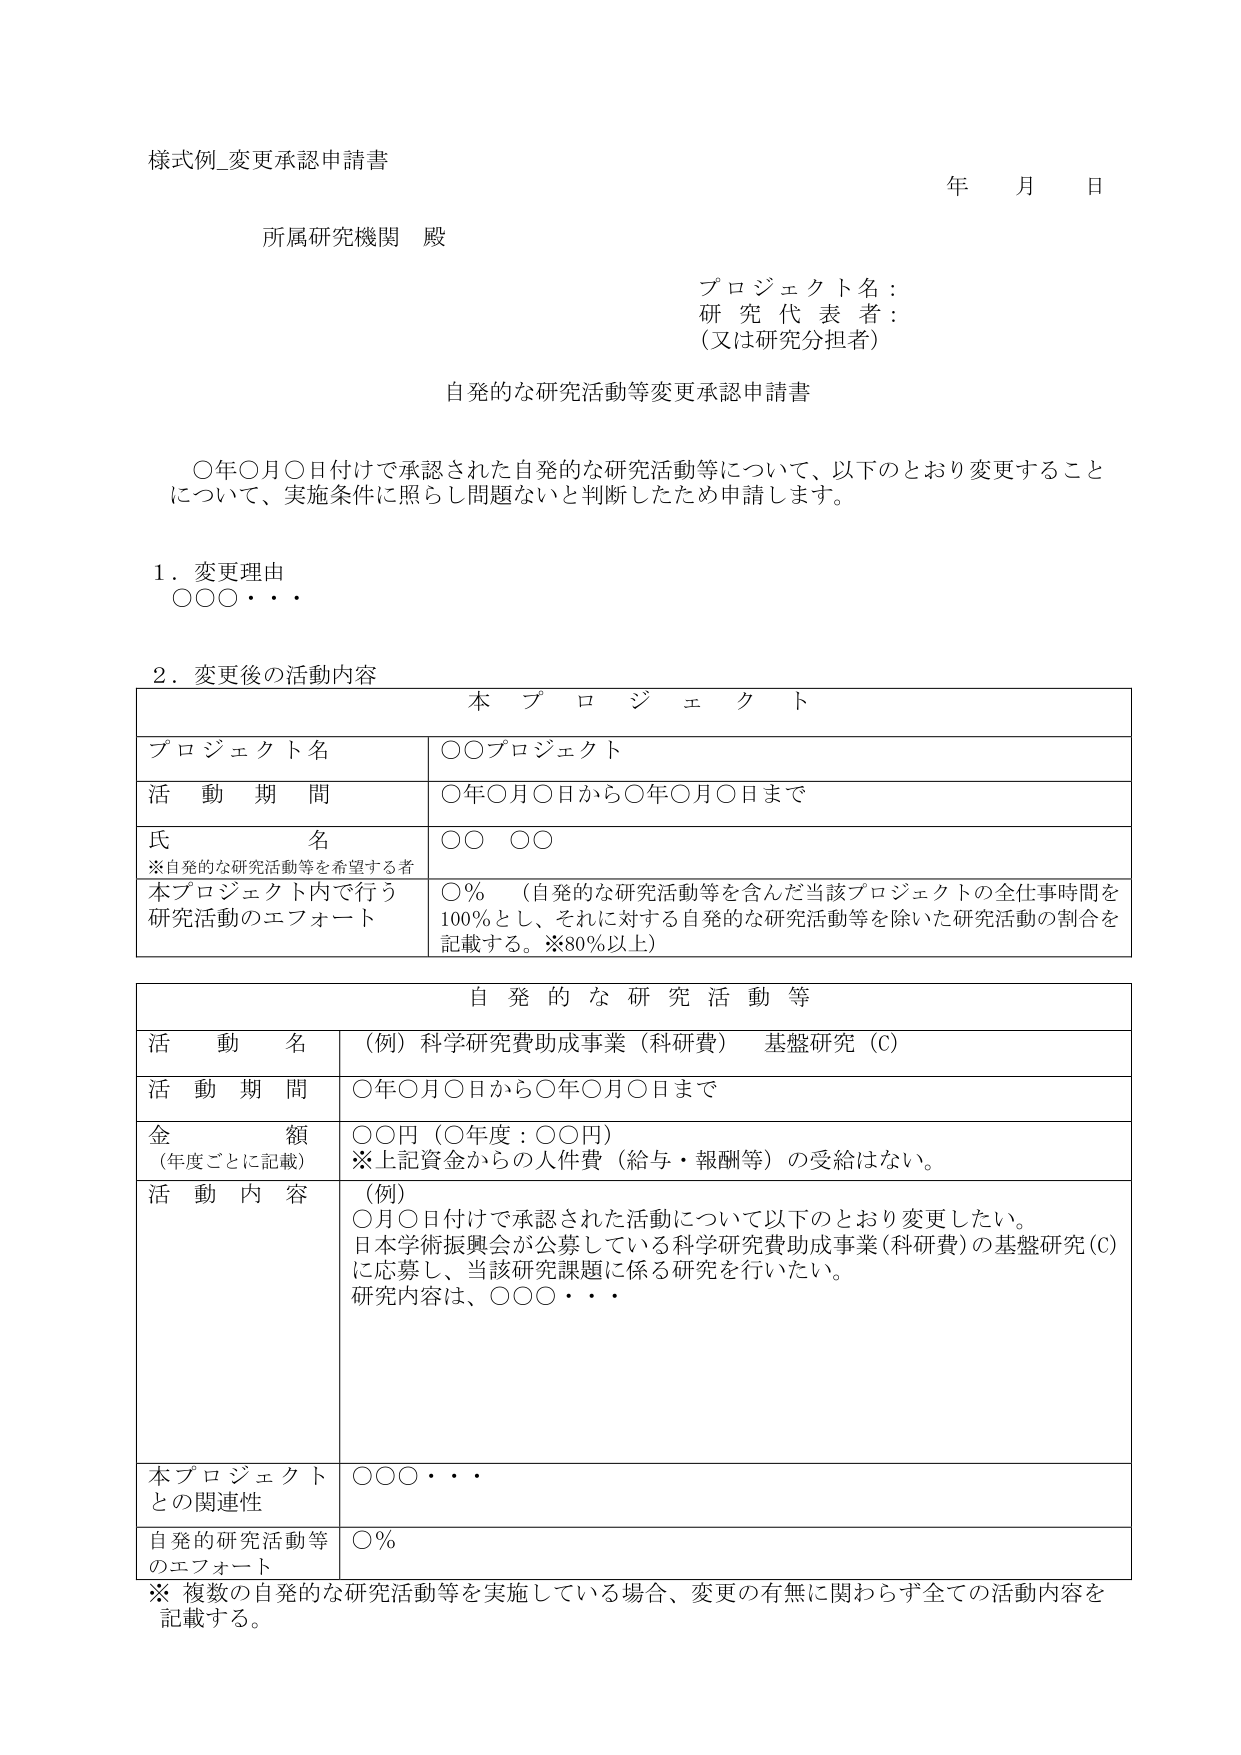
様式例_変更承認申請書

年 月 日

所属研究機関 殿

プロジェクト名：
研究代表者：
（又は研究分担者）

自発的な研究活動等変更承認申請書

○年○月○日付けで承認された自発的な研究活動等について、以下のとおり変更することについて、実施条件に照らし問題ないと判断したため申請します。

1．変更理由
○○○・・・

2．変更後の活動内容

本プロジェクト

プロジェクト名 | ○○プロジェクト
--- | ---
活動期間 | ○年○月○日から○年○月○日まで
氏名 | ○○ ○○
※自発的な研究活動等を希望する者 |
本プロジェクト内で行う研究活動のエフォート | ○％ （自発的な研究活動等を含んだ当該プロジェクトの全仕事時間を100％とし、それに対する自発的な研究活動等を除いた研究活動の割合を記載する。※80％以上）

自発的な研究活動等

活動名 | （例）科学研究費助成事業（科研費） 基盤研究（C）
--- | ---
活動期間 | ○年○月○日から○年○月○日まで
金額（年度ごとに記載） | ○○円（○年度：○○円）
※上記資金からの人件費（給与・報酬等）の受給はない。
活動内容 | （例）
○月○日付けで承認された活動について以下のとおり変更したい。
日本学術振興会が公募している科学研究費助成事業（科研費）の基盤研究（C）に応募し、当該研究課題に係る研究を行いたい。
研究内容は、○○○・・・
本プロジェクトとの関連性 | ○○○・・・
自発的研究活動等のエフォート | ○％

※ 複数の自発的な研究活動等を実施している場合、変更の有無に関わらず全ての活動内容を記載する。